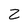
Character: z